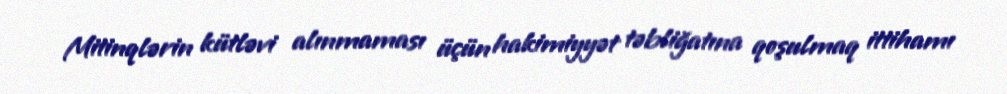
Mitinqlərin kütləvi alınmaması üçün hakimiyyət təbliğatına qoşulmaq ittihamı